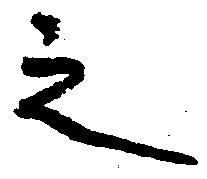
之